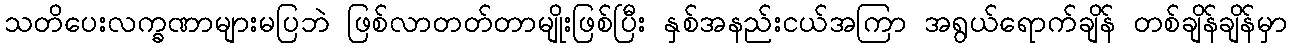
သတိပေးလက္ခဏာများမပြဘဲ ဖြစ်လာတတ်တာမျိုးဖြစ်ပြီး နှစ်အနည်းငယ်အကြာ အရွယ်ရောက်ချိန် တစ်ချိန်ချိန်မှာ